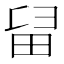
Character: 𤱚